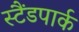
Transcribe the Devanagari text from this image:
स्टैंडपार्क